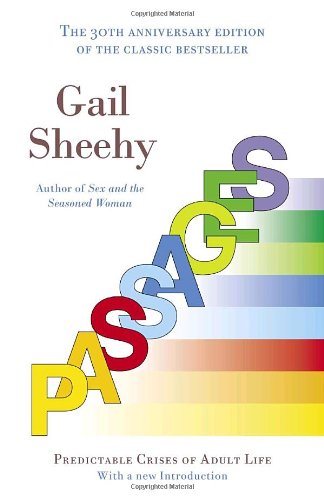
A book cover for Passages: Predictable Crises of Adult Life; Gail Sheehy; Health, Fitness & Dieting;